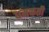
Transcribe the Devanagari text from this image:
धमकती